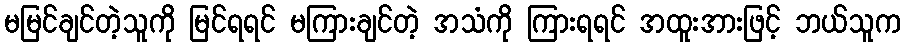
မမြင်ချင်တဲ့သူကို မြင်ရရင် မကြားချင်တဲ့ အသံကို ကြားရရင် အထူးအားဖြင့် ဘယ်သူက